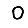
Digit: 0